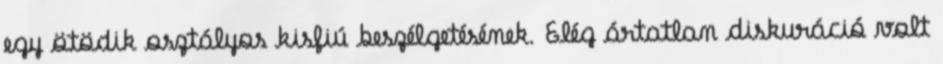
egy ötödik osztályos kisfiú beszélgetésének. Elég ártatlan diskuráció volt